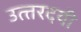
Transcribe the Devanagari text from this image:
उत्‍तरदयी